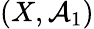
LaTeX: (X,{\mathcal{A}}_{1})